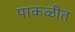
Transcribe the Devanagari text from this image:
पाकळीत